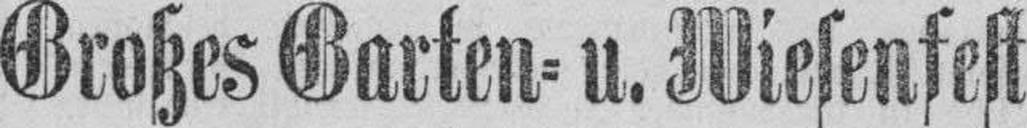
Großes Garten= u. Wiesenfest